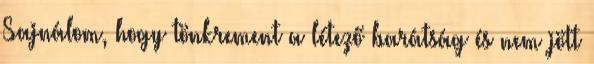
Sajnálom, hogy tönkrement a létező barátság és nem jött